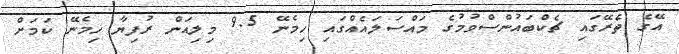
އޭގެ ތެރޭގައި ޗެކްބައުންސްވުމުގެ މައްސަލައެއްގައި ހިމެނޭ 9.5 މިލިއަން ރުފިޔާ ހިމެނޭ ކަމަށް